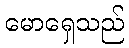
မောရှေသည်